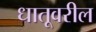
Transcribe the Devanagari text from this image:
धातूवरील